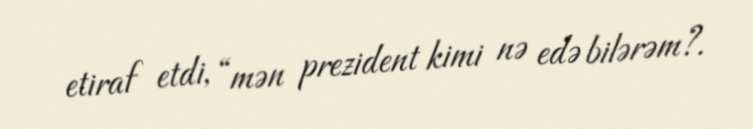
etiraf etdi, “mən prezident kimi nə edə bilərəm?.